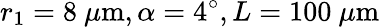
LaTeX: r_{1}=8\ {\mu\mathrm{m}},\alpha=4^{\circ},L=100\ {\mu\mathrm{m}}